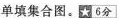
单填集合图。☆6分